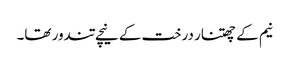
نیم کے چھتنار درخت کے نیچے تندور تھا۔